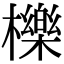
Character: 櫟